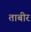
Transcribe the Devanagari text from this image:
ताबीर